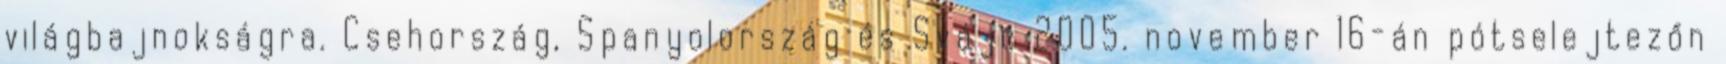
világbajnokságra. Csehország, Spanyolország és Svájc 2005. november 16-án pótselejtezőn